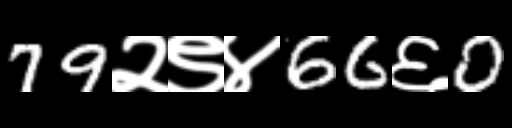
Text: 79२९४66६0